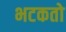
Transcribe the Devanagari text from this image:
भटकतो